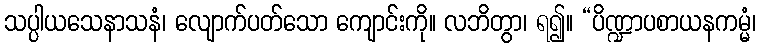
သပ္ပါယသေနာသနံ၊ လျောက်ပတ်သော ကျောင်းကို။ လဘိတွာ၊ ရ၍။ “ပိဏ္ဍာပစာယနကမ္မံ၊